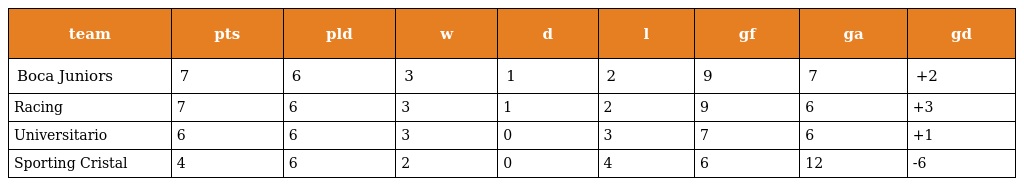
| team | pts | pld | w | d | l | gf | ga | gd |
 | --- | --- | --- | --- | --- | --- | --- | --- | --- |
 | Boca Juniors | 7 | 6 | 3 | 1 | 2 | 9 | 7 | +2 |
 | Racing | 7 | 6 | 3 | 1 | 2 | 9 | 6 | +3 |
 | Universitario | 6 | 6 | 3 | 0 | 3 | 7 | 6 | +1 |
 | Sporting Cristal | 4 | 6 | 2 | 0 | 4 | 6 | 12 | -6 |